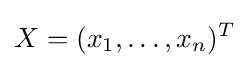
X=(x_{1},\dots ,x_{n})^{T}